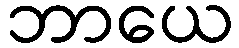
ဘာယေ